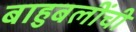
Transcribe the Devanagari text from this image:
बाहुबलींची